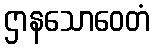
ဌာနသောဝေတံ